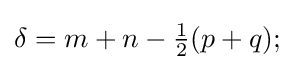
\delta =m+n-{\tfrac {1}{2}}(p+q);